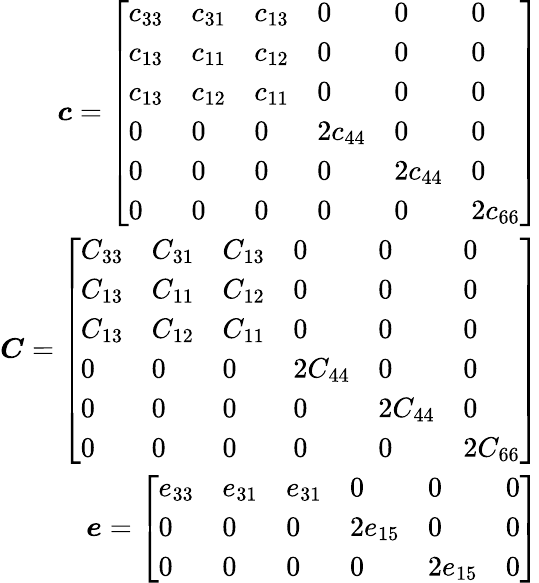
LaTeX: \begin{array}{r}{\boldsymbol{c}=\left[\begin{array}{llllll}{c_{33}}&{c_{31}}&{c_{13}}&{0}&{0}&{0}\\ {c_{13}}&{c_{11}}&{c_{12}}&{0}&{0}&{0}\\ {c_{13}}&{c_{12}}&{c_{11}}&{0}&{0}&{0}\\ {0}&{0}&{0}&{2c_{44}}&{0}&{0}\\ {0}&{0}&{0}&{0}&{2c_{44}}&{0}\\ {0}&{0}&{0}&{0}&{0}&{2c_{66}}\end{array}\right]}\\ {\boldsymbol{C}=\left[\begin{array}{llllll}{C_{33}}&{C_{31}}&{C_{13}}&{0}&{0}&{0}\\ {C_{13}}&{C_{11}}&{C_{12}}&{0}&{0}&{0}\\ {C_{13}}&{C_{12}}&{C_{11}}&{0}&{0}&{0}\\ {0}&{0}&{0}&{2C_{44}}&{0}&{0}\\ {0}&{0}&{0}&{0}&{2C_{44}}&{0}\\ {0}&{0}&{0}&{0}&{0}&{2C_{66}}\end{array}\right]}\\ {\boldsymbol{e}=\left[\begin{array}{llllll}{e_{33}}&{e_{31}}&{e_{31}}&{0}&{0}&{0}\\ {0}&{0}&{0}&{2e_{15}}&{0}&{0}\\ {0}&{0}&{0}&{0}&{2e_{15}}&{0}\end{array}\right]}\end{array}